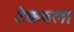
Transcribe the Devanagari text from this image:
टेकवला